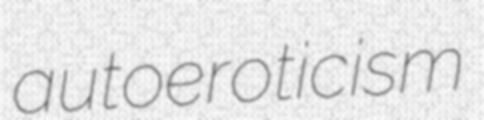
autoeroticism